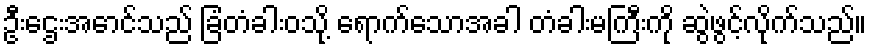
ဦးဌေးအောင်သည် ခြံတံခါးဝသို့ ရောက်သောအခါ တံခါးမကြီးကို ဆွဲဖွင့်လိုက်သည်။